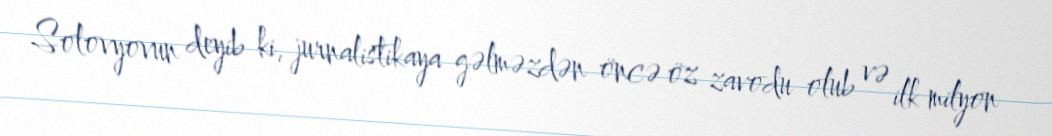
Solovyovun deyib ki, jurnalistikaya gəlməzdən öncə öz zavodu olub və ilk milyon